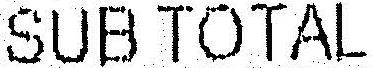
SUB TOTAL